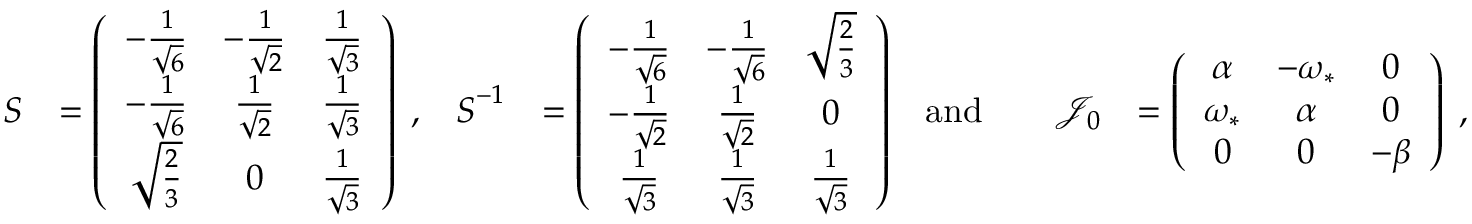
\begin{array} { r l r l r l r l } { \boldsymbol S } & { = \left( \begin{array} { c c c } { - \frac { 1 } { \sqrt { 6 } } } & { - \frac { 1 } { \sqrt { 2 } } } & { \frac { 1 } { \sqrt { 3 } } } \\ { - \frac { 1 } { \sqrt { 6 } } } & { \frac { 1 } { \sqrt { 2 } } } & { \frac { 1 } { \sqrt { 3 } } } \\ { \sqrt { \frac { 2 } { 3 } } } & { 0 } & { \frac { 1 } { \sqrt { 3 } } } \end{array} \right) \; , } & { \boldsymbol S ^ { - 1 } } & { = \left( \begin{array} { c c c } { - \frac { 1 } { \sqrt { 6 } } } & { - \frac { 1 } { \sqrt { 6 } } } & { \sqrt { \frac { 2 } { 3 } } } \\ { - \frac { 1 } { \sqrt { 2 } } } & { \frac { 1 } { \sqrt { 2 } } } & { 0 } \\ { \frac { 1 } { \sqrt { 3 } } } & { \frac { 1 } { \sqrt { 3 } } } & { \frac { 1 } { \sqrt { 3 } } } \end{array} \right) } & { \mathrm { a n d } } & { } & { \mathcal { J } _ { 0 } } & { = \left( \begin{array} { c c c } { \alpha } & { - \omega _ { * } } & { 0 } \\ { \omega _ { * } } & { \alpha } & { 0 } \\ { 0 } & { 0 } & { - \beta } \end{array} \right) \; , } \end{array}